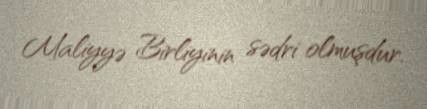
Maliyyə Birliyinin sədri olmuşdur.